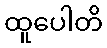
ထူပေါတိ